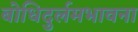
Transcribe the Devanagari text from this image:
बोधिदुर्लमभावना